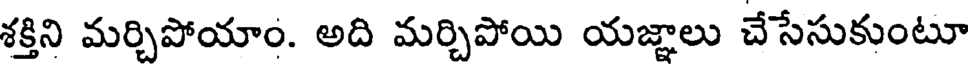
శక్తిని మర్చిపోయాం. అది మర్చిపోయి యజ్ఞాలు చేసేసుకుంటూ